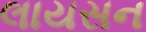
લાયસન